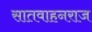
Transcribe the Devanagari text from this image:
सातवाहनराज